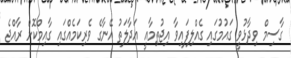
ގާސިމް ވިދާޅުވީ ގައުމުގައި ގެއްލިފައިވާ އިޖުތިމާއީ އަދާލަތު އޭނާގެ ވެރިކަމެއްގައި ގާއިމްކޮށް ރާއްޖެ